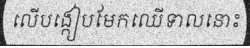
លើបង្កៀបមែកឈើទាលនោះ